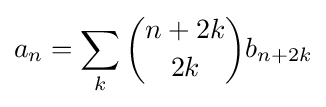
a_{n}=\sum _{k}{\binom {n+2k}{2k}}b_{n+2k}